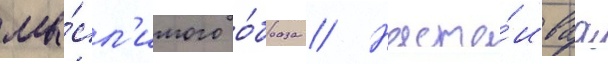
мы́сл'имого о́браза // Наста́иваа